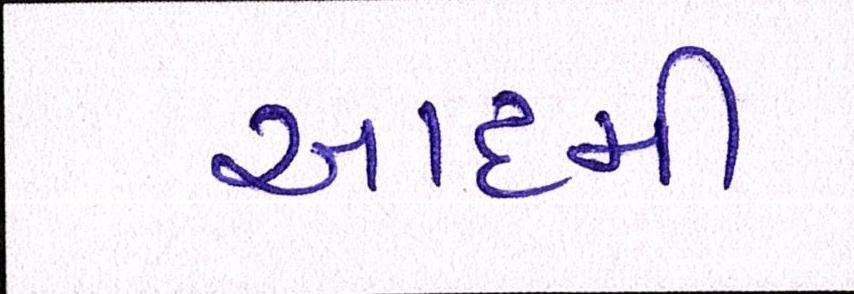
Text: આદમી